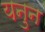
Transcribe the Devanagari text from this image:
यनुन